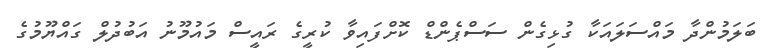
ބަލަމުންދާ މައްސަލައަކާ ގުޅިގެން ސަސްޕެންޑް ކޮށްފައިވާ ކުރީގެ ރައީސް މައުމޫނު އަބުދުލް ގައްޔޫމުގެ